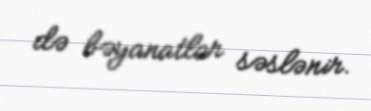
də bəyanatlar səslənir.